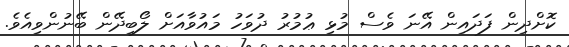
ކޮށްދިން ފަދައިން އޭނަ ވެސް މުޅި ޢުމުރު ދުވަހު މައުވާއަށް ލޯބިދޭން ބޭނުންވިއެވެ.